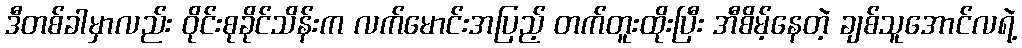
ဒီတစ်ခါမှာလည်း ဝိုင်းစုခိုင်သိန်းက လက်မောင်းအပြည့် တက်တူးထိုးပြီး အီစိမ့်နေတဲ့ ချစ်သူအောင်လရဲ့